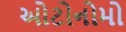
ઓટોનોમો